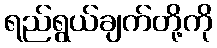
ရည်ရွယ်ချက်တို့ကို